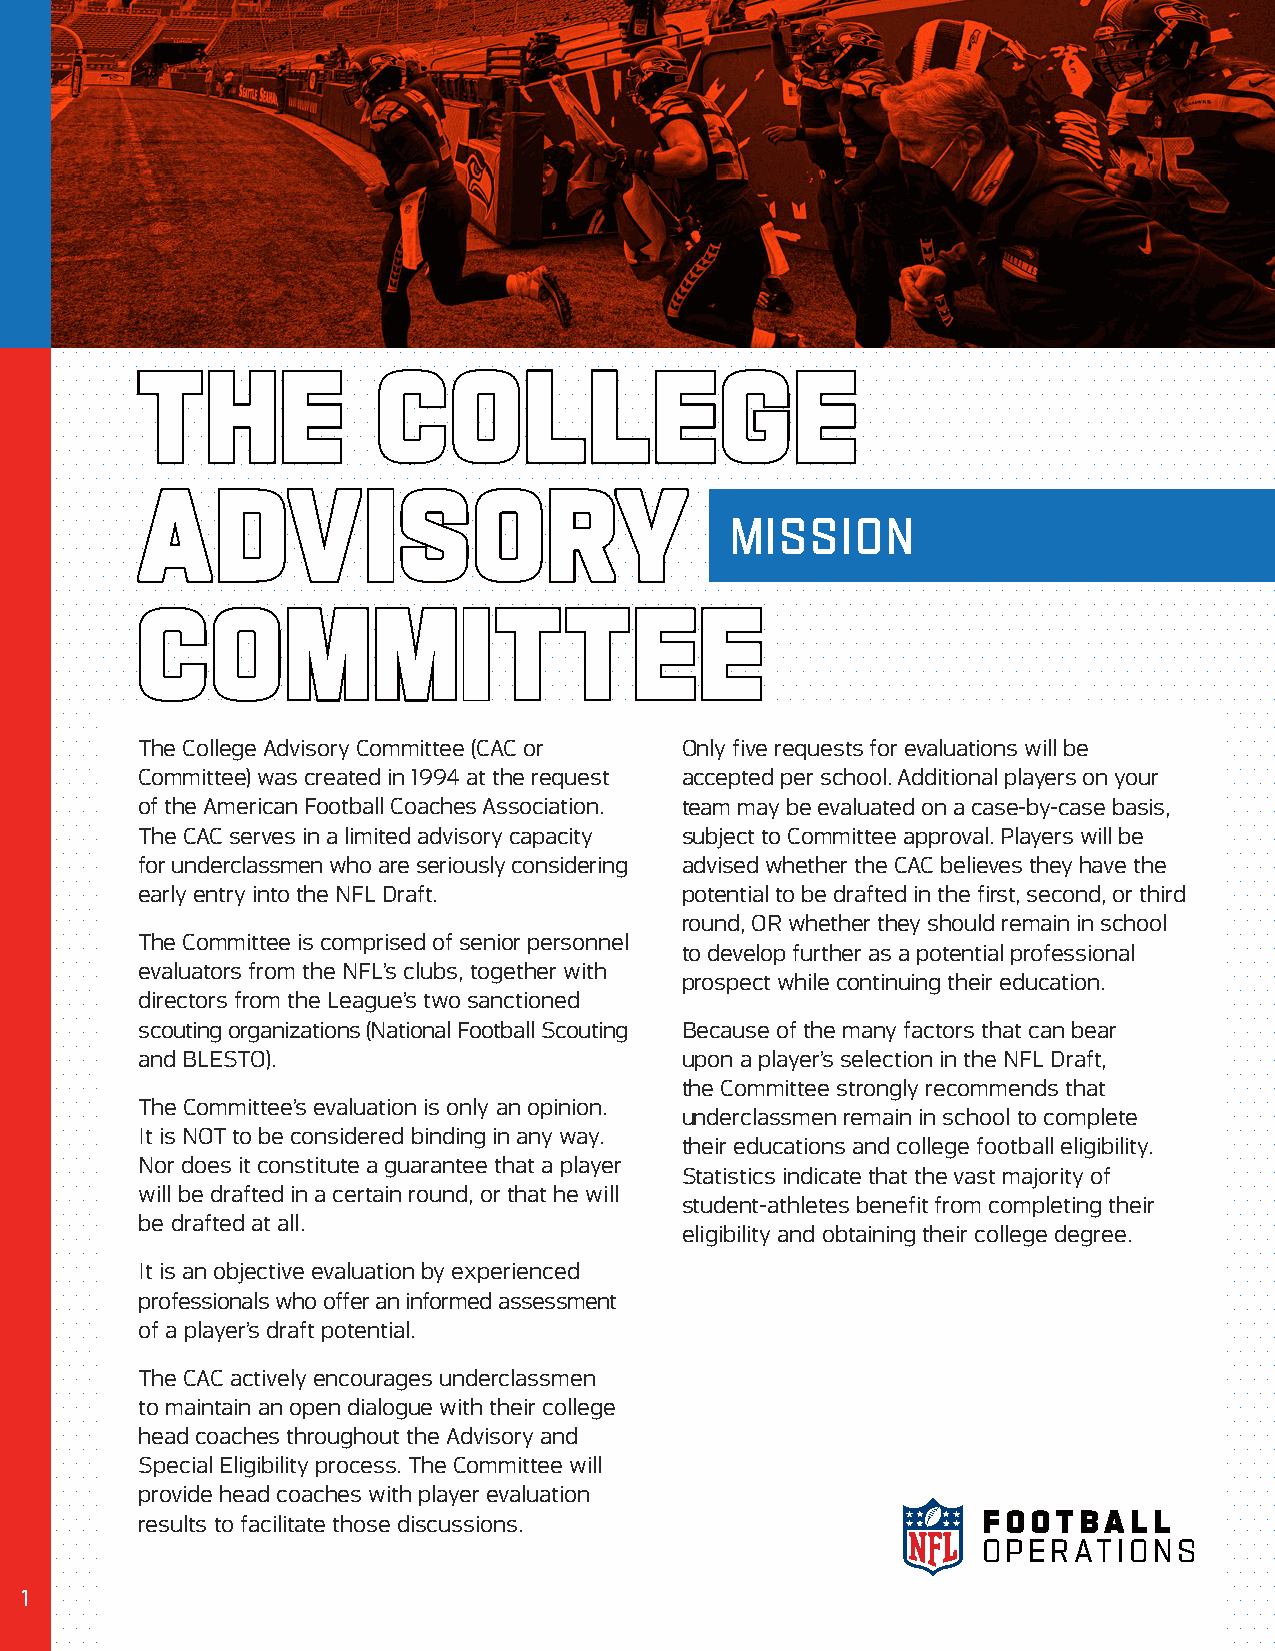
TTHHEE          CCOOLLLLEEGGEE
 AADDVVIISSOORRYY
 MISSION
 CCOOMMMMIITTTTEEEE
 The College Advisory Committee (CAC or Only five requests for evaluations will be
 Committee) was created in 1994 at the request accepted per school. Additional players on your
 of the American Football Coaches Association. team may be evaluated on a case-by-case basis,
 The CAC serves in a limited advisory capacity subject to Committee approval. Players will be
 for underclassmen who are seriously considering advised whether the CAC believes they have the
 early entry into the NFL Draft.     potential to be drafted in the first, second, or third
 round, OR whether they should remain in school
 The Committee is comprised of senior personnel
 to develop further as a potential professional
 evaluators from the NFL’s clubs, together with
 prospect while continuing their education.
 directors from the League’s two sanctioned
 scouting organizations (National Football Scouting Because of the many factors that can bear
 and BLESTO).                        upon a player’s selection in the NFL Draft,
 the Committee strongly recommends that
 The Committee’s evaluation is only an opinion.
 underclassmen remain in school to complete
 It is NOT to be considered binding in any way.
 their educations and college football eligibility.
 Nor does it constitute a guarantee that a player
 Statistics indicate that the vast majority of
 will be drafted in a certain round, or that he will
 student-athletes benefit from completing their
 be drafted at all.
 eligibility and obtaining their college degree.
 It is an objective evaluation by experienced
 professionals who offer an informed assessment
 of a player’s draft potential.
 The CAC actively encourages underclassmen
 to maintain an open dialogue with their college
 head coaches throughout the Advisory and
 Special Eligibility process. The Committee will
 provide head coaches with player evaluation
 results to facilitate those discussions.                F O O TBA L L
 O P E R AT I O N S
 1